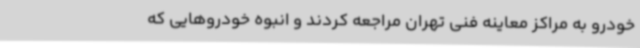
خودرو به مراکز معاینه فنی تهران مراجعه کردند و انبوه خودروهایی که